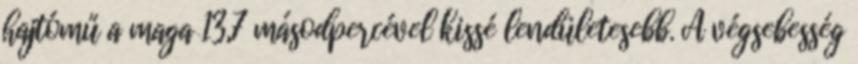
hajtómű a maga 13,7 másodpercével kissé lendületesebb. A végsebesség